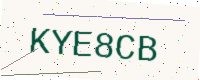
Text: KYE8CB